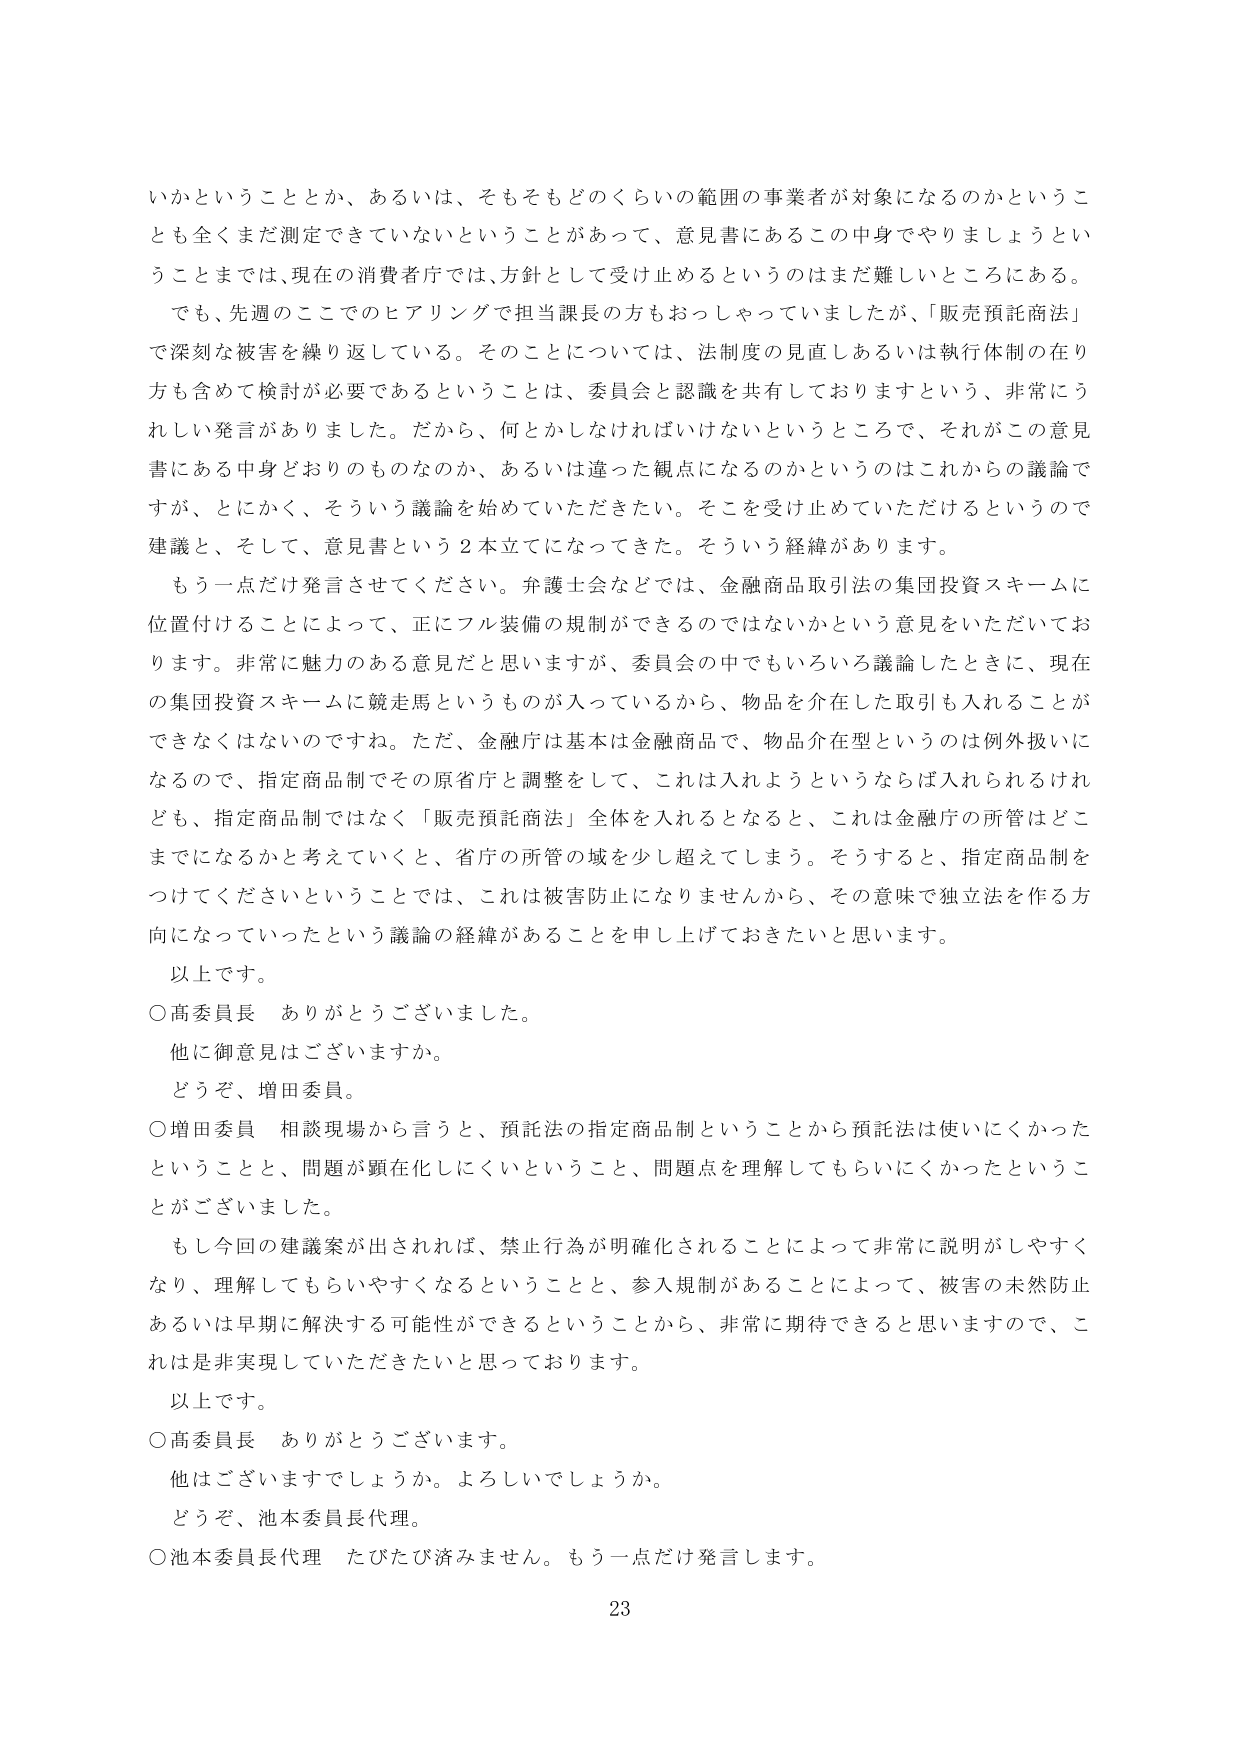
いかということとか、あるいは、そもそもどのくらいの範囲の事業者が対象になるのかということも全くまだ測定できていないということがあって、意見書にあるこの中身でやりましょうということまでは、現在の消費者庁では、方針として受け止めるというのはまだ難しいところにある。

でも、先週のこでのヒアリングで担当課長の方もおっしゃっていましたが、「販売預託商法」で深刻な被害を繰り返している。そのことについては、法制度の見直しあるいは執行体制の在り方も含めて検討が必要であるということは、委員会と認識を共有しておりますという、非常にうれしい発言がありました。だから、何とかしなければいけないというところで、それがこの意見書にある中身どおりのものなのか、あるいは違った観点になるのかというのはこれからの議論ですが、とにかく、そういう議論を始めていただきたい。そこを受け止めていただけるというので建議と、そして、意見書という2本立てになってきた。そういう経緯があります。

もう一点だけ発言させてください。弁護士会などでは、金融商品取引法の集団投資スキームに位置付けることによって、正にフル装備の規制ができるのではないかという意見をいただいております。非常に魅力のある意見だと思いますが、委員会の中でもいろいろ議論したときに、現在の集団投資スキームに競走馬というものが入っているから、物品を介在した取引も入れることができなくはないのですね。ただ、金融庁は基本は金融商品で、物品介在型というのは例外扱いになるので、指定商品制でその原省庁と調整をして、これは入れようというならば入れられるけれども、指定商品制ではなく「販売預託商法」全体を入れるとなると、これは金融庁の所管はどこまでになるかと考えていくと、省庁の所管の域を少し超えてしまう。そうすると、指定商品制をつけてくださいということでは、これは被害防止になりませんから、その意味で独立法を作る方向になっていったという議論の経緯があることを申し上げておきたいと思います。

以上です。

○高委員長　ありがとうございました。

他に御意見はございますか。

どうぞ、増田委員。

○増田委員　相談現場から言うと、預託法の指定商品制ということから預託法は使いにくかったということと、問題が顕在化しにくいということ、問題点を理解してもらいにくかったということがございました。

もし今回の建議案が出されれば、禁止行為が明確化されることによって非常に説明がしやすくなり、理解してもらいやすくなるということと、参入規制があることによって、被害の未然防止あるいは早期に解決する可能性ができるということから、非常に期待できると思いますので、これは是非実現していただきたいと思っております。

以上です。

○高委員長　ありがとうございます。

他はございますでしょうか。よろしいでしょうか。

どうぞ、池本委員長代理。

○池本委員長代理　たびたび済みません。もう一点だけ発言します。

23